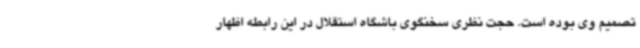
تصمیم وی بوده است. حجت نظری سخنگوی باشگاه استقلال در این رابطه اظهار